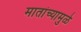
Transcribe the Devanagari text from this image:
मातांच्यामुळे